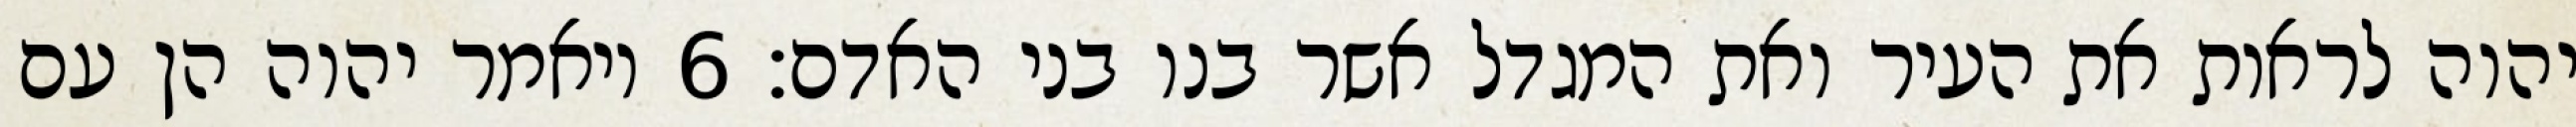
יהוה לראות את העיר ואת המגדל אשר בנו בני האדם׃ ‎6‏ ויאמר יהוה הן עם